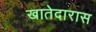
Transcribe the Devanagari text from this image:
खातेदारास